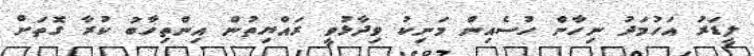
ލީޑަރު އަހުމަދު ނިހާން ހުސެއިން މަނިކު ވިދާޅުވީ ރައްޔިތުން އިންތިހާބު ކުރާ ގޮތަށް